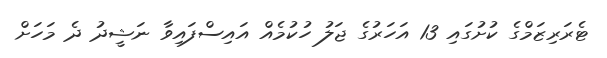
ޓެރަރިޒަމްގެ ކުށުގައި 13 އަހަރުގެ ޖަލު ހުކުމެއް އައިސްފައިވާ ނަޝީދު ދެ މަހަށް